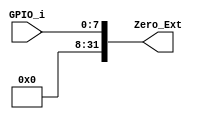
module Zero_extend #(
	parameter WIDTH_i = 8,
	parameter WIDTH_o = 32
)
(
	input 		[WIDTH_i-1:0] GPIO_i,
	output wire	[WIDTH_o-1:0] Zero_Ext
);

assign Zero_Ext = { {24{1'b0}}, GPIO_i};
endmodule